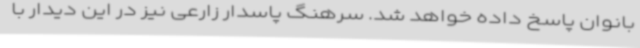
بانوان پاسخ داده خواهد شد. سرهنگ پاسدار زارعی نیز در این دیدار با